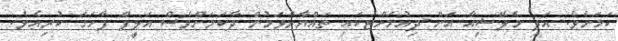
ކަމަށެވެ. އަދި މެލޭޝިއާ އަށް ދިއުމަށްޓަކައި ތައްޔާރުވަމުން ދާކަމަށްވެސް އަލީފް ފާހަގަ ކުރިއެވެ.